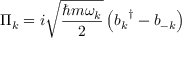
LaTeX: \Pi _ { k } = i { \sqrt { \frac { \hbar m \omega _ { k } } { 2 } } } \left( { b _ { k } } ^ { \dagger } - b _ { - k } \right)